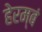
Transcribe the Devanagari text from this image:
हेरम्बं